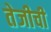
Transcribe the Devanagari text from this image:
तेजीची